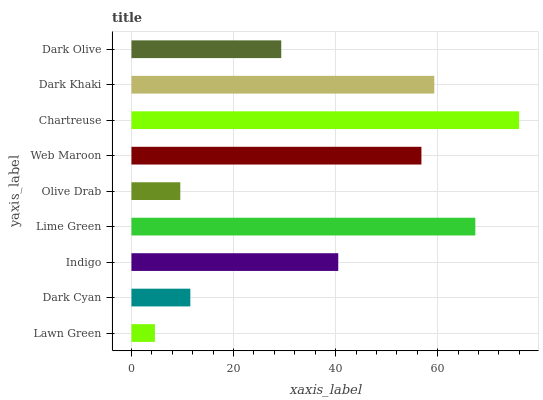
| yaxis_label | bars |
 | --- | --- |
 | Lawn Green | 4.6 |
 | Dark Cyan | 11.5 |
 | Indigo | 40.5 |
 | Lime Green | 67.4 |
 | Olive Drab | 9.57 |
 | Web Maroon | 56.8 |
 | Chartreuse | 75.9 |
 | Dark Khaki | 59.3 |
 | Dark Olive | 29.3 |